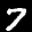
Label: 7